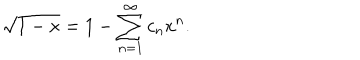
LaTeX: \sqrt { 1 - x } = 1 - \sum _ { n = 1 } ^ { \infty } c _ { n } x ^ { n } .